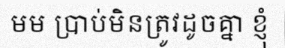
មម ប្រាប់មិនត្រូវដូចគ្នា ខ្ញុំ